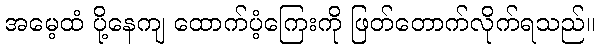
အမေ့ထံ ပို့နေကျ ထောက်ပံ့ကြေးကို ဖြတ်တောက်လိုက်ရသည်။